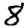
Digit: 8